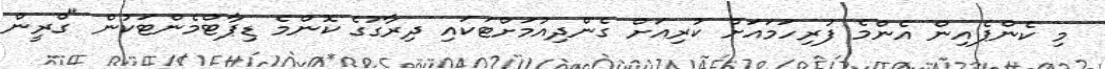
މި ކެންޕެއިން އެންމެ ފުރިހަމައަށް ކުރިއަށް ގެންދިއުމަށްޓަކައި ދިރާގުގެ ކޮންމެ ޑިޕާޓްމެންޓަކުން "ގްރީން